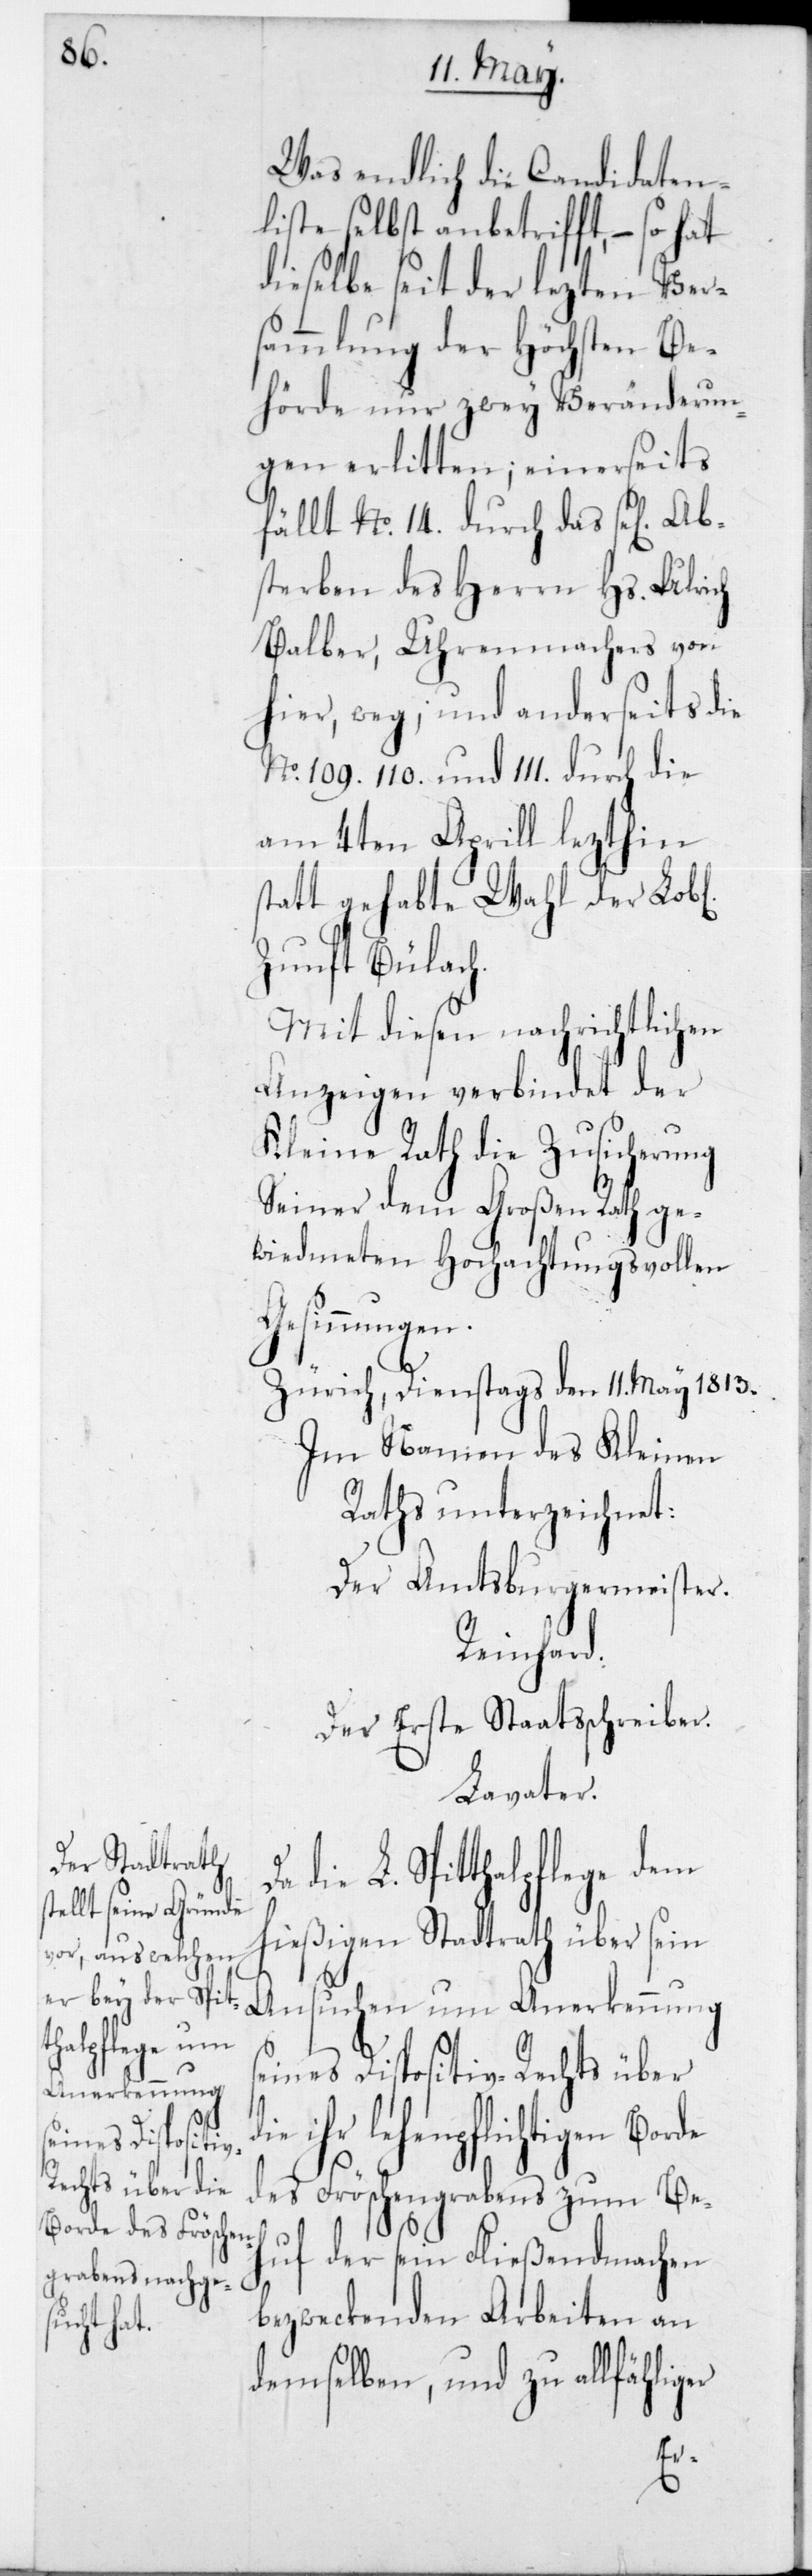
Was endlich die Candidaten¬
liste selbst anbetrifft, – so hat
dieselbe seit der lezten Ver¬
sammlung der Höchsten Be¬
hörde nur zwey Veränderun¬
gen erlitten; einerseits
fällt No 14 durch das sel. Ab¬
sterben des Herrn Hs. Ulrich
Balber, Uhrenmachers von
hier, weg; und anderseits die
No 109, 110 und 111 durch die
am 4ten Aprill lezthin
statt gehabte Wahl der Lobl.
Zunft Bülach.
Mit diesen nachrichtlichen
Anzeigen verbindet der
Kleine Rath die Zusicherung
seiner dem Großen Rath ge¬
widmeten hochachtungsvollen
Gesinnungen.
Zürich, Dienstags den 11ten May 1813.
Im Namen des Kleinen
Raths unterzeichnet:
Der Amtsburgermeister
Reinhard.
Der erste Staatsschreiber
Lavater.
die L. Spitthalpflege dem
hießigen Stadtrath über sein
Ansuchen um Anerkennung
eines Dispositiv-Rechts über
ihr lehenpflichtigen
des Fröschengrabens zum Beh¬
uf der sein Fließendmachen
bezweckenden Arbeiten an
demselben, und zu allfällig¬
er